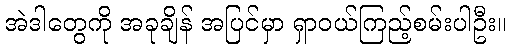
အဲဒါတွေကို အခုချိန် အပြင်မှာ ရှာဝယ်ကြည့်စမ်းပါဦး။